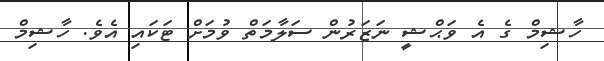
ހާޝިމް ގެ އެ ވަޙްޝީ ނަޒަރުން ސަލާމަތް ވުމަށް ޓަކައި އެވެ. ހާޝިމް